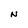
Character: N